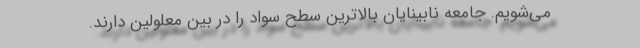
می‌شویم. جامعه نابینایان بالاترین سطح سواد را در بین معلولین دارند.